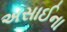
અસાઈના